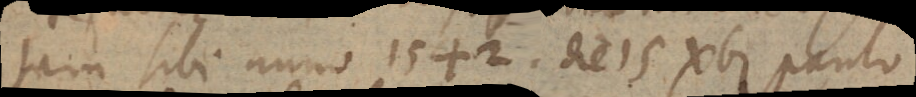
tam sibi anno 1542. die 15 Xbr. paulo